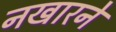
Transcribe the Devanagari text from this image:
नखारने